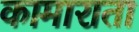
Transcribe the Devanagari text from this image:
कामाराता